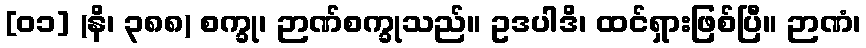
[၀၁] (နိ၊ ၃၈၈) စက္ခု၊ ဉာဏ်စက္ခုသည်။ ဥဒပါဒိ၊ ထင်ရှားဖြစ်ပြီ။ ဉာဏံ၊